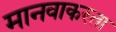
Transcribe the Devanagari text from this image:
मानवाकरता